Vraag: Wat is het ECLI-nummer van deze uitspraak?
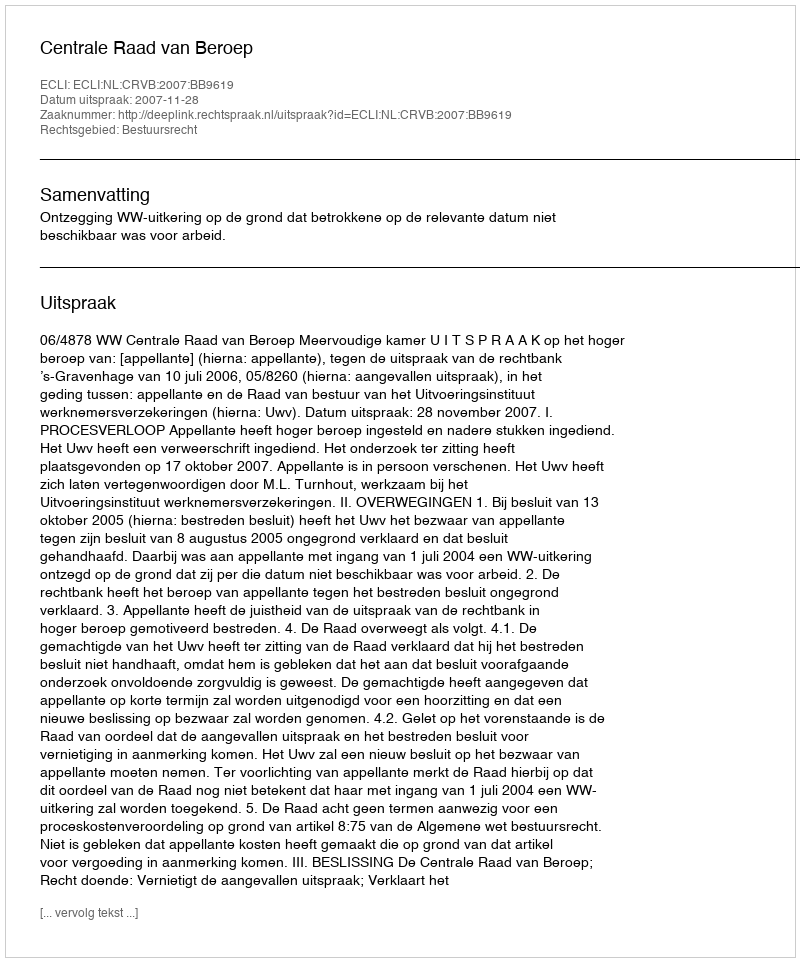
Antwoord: ECLI:NL:CRVB:2007:BB9619